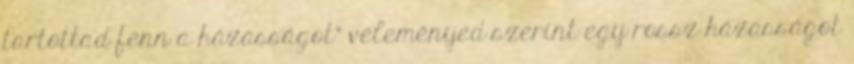
tartottad fenn a házasságot" véleményed szerint egy rossz házasságot